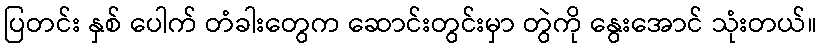
ပြတင်း နှစ် ပေါက် တံခါးတွေက ဆောင်းတွင်းမှာ တွဲကို နွေးအောင် သုံးတယ်။